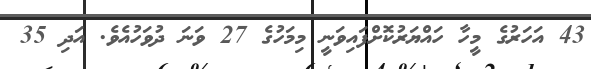
43 އަހަރުގެ މީހާ ހައްޔަރުކޮށްފައިވަނީ މިމަހުގެ 27 ވަނަ ދުވަހުއެވެ. އަދި 35